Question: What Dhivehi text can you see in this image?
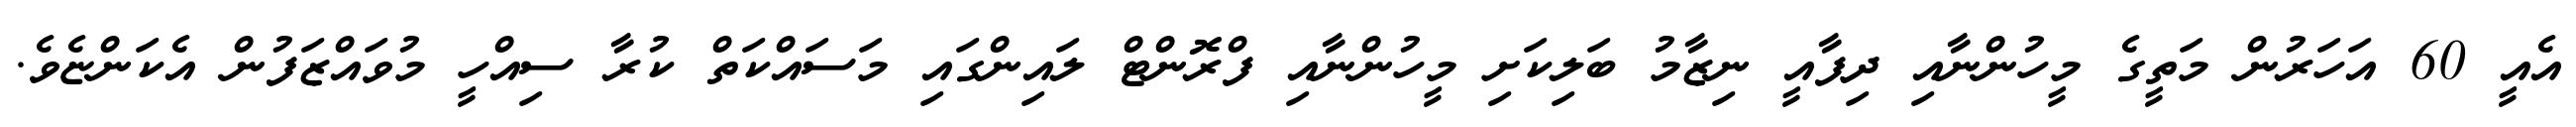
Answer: އެއީ 60 އަހަރުން މަތީގެ މީހުންނާއި ދިފާއީ ނިޒާމު ބަލިކަށި މީހުންނާއި ފްރޮންޓް ލައިންގައި މަސައްކަތް ކުރާ ސިއްހީ މުވައްޒަފުން އެކަންޏެވެ.